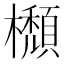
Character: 𣟩